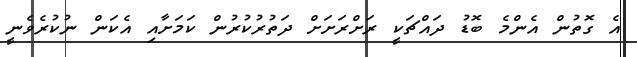
އެ ގޮތުން އެންމެ ބޮޑު ދައްޗަކީ ރަށްރަށަށް ދަތުރުކުރުން ކަމަށާއި އެކަން ނުކުރެވެނީ